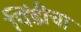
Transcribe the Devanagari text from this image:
पिंडीचा